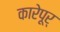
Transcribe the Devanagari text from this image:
कारेपूर्